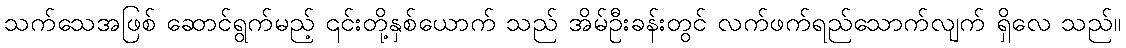
သက်သေအဖြစ် ဆောင်ရွက်မည့် ၎င်းတို့နှစ်ယောက် သည် အိမ်ဦးခန်းတွင် လက်ဖက်ရည်သောက်လျက် ရှိလေ သည်။